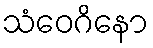
သံဝေဂိနော